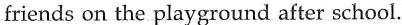
friends on the playground after school.